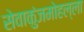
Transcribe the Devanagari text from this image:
सेवाकुंजमोहल्ला